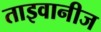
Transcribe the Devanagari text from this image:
ताइवानीज